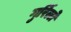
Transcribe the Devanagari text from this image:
गुर्रिल्ले